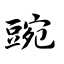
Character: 豌